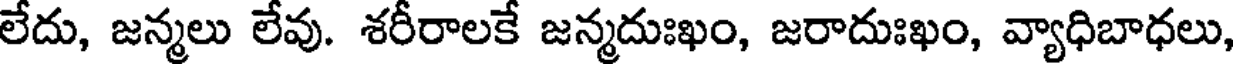
లేదు, జన్మలు లేవు. శరీరాలకే జన్మదుఃఖం, జరాదుఃఖం, వ్యాధిబాధలు,